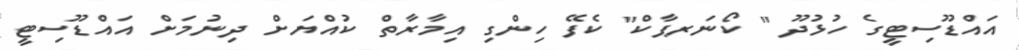
އައްޑޫސިޓީގެ ހުޅުދޫ " ކޯނަރޕާކް" ކެފޭ ހިންގި އިމާރާތް ކުއްޔަށް ދިނުމަށް އައްޑޫސިޓީ